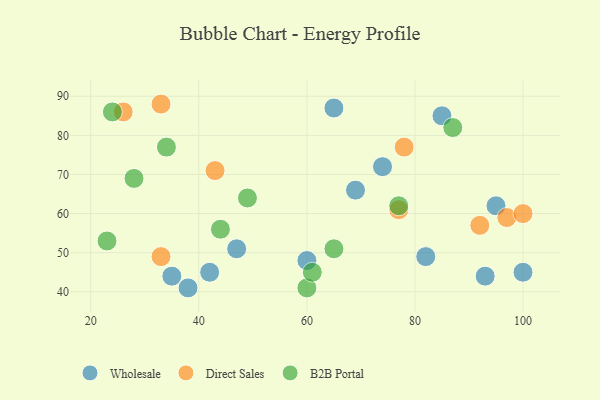
{"axis": {"x": "GDP", "y": "Life Expectancy"}, "legend": ["B2B Portal", "Direct Sales", "Wholesale"], "data": [{"x": "47", "y": 51, "type": "Wholesale"}, {"x": "93", "y": 44, "type": "Wholesale"}, {"x": "38", "y": 41, "type": "Wholesale"}, {"x": "82", "y": 49, "type": "Wholesale"}, {"x": "100", "y": 45, "type": "Wholesale"}, {"x": "65", "y": 87, "type": "Wholesale"}, {"x": "95", "y": 62, "type": "Wholesale"}, {"x": "42", "y": 45, "type": "Wholesale"}, {"x": "35", "y": 44, "type": "Wholesale"}, {"x": "60", "y": 48, "type": "Wholesale"}, {"x": "85", "y": 85, "type": "Wholesale"}, {"x": "69", "y": 66, "type": "Wholesale"}, {"x": "74", "y": 72, "type": "Wholesale"}, {"x": "97", "y": 59, "type": "Direct Sales"}, {"x": "100", "y": 60, "type": "Direct Sales"}, {"x": "43", "y": 71, "type": "Direct Sales"}, {"x": "26", "y": 86, "type": "Direct Sales"}, {"x": "33", "y": 49, "type": "Direct Sales"}, {"x": "77", "y": 61, "type": "Direct Sales"}, {"x": "33", "y": 88, "type": "Direct Sales"}, {"x": "92", "y": 57, "type": "Direct Sales"}, {"x": "78", "y": 77, "type": "Direct Sales"}, {"x": "24", "y": 86, "type": "B2B Portal"}, {"x": "65", "y": 51, "type": "B2B Portal"}, {"x": "60", "y": 41, "type": "B2B Portal"}, {"x": "44", "y": 56, "type": "B2B Portal"}, {"x": "23", "y": 53, "type": "B2B Portal"}, {"x": "34", "y": 77, "type": "B2B Portal"}, {"x": "87", "y": 82, "type": "B2B Portal"}, {"x": "49", "y": 64, "type": "B2B Portal"}, {"x": "28", "y": 69, "type": "B2B Portal"}, {"x": "61", "y": 45, "type": "B2B Portal"}, {"x": "77", "y": 62, "type": "B2B Portal"}]}